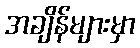
အချိန်များမှာ